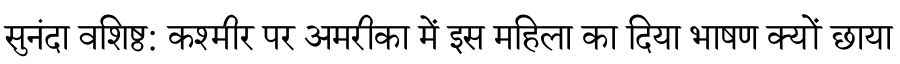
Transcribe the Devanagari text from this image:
सुनंदा वशिष्ठ: कश्मीर पर अमरीका में इस महिला का दिया भाषण क्यों छाया